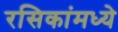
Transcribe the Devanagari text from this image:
रसिकांमध्ये